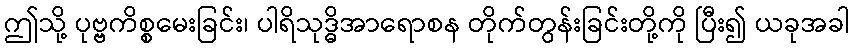
ဤသို့ ပုဗ္ဗကိစ္စမေးခြင်း၊ ပါရိသုဒ္ဓိအာရောစန တိုက်တွန်းခြင်းတို့ကို ပြီး၍ ယခုအခါ